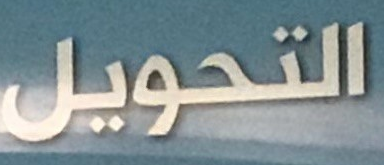
التحويل